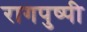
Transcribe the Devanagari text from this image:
रागपुष्पी